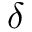
\delta